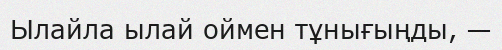
Ылайла ылай оймен тұнығыңды, —